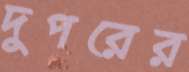
দুপরের